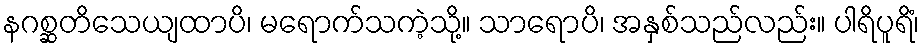
နဂစ္ဆတိသေယျထာပိ၊ မရောက်သကဲ့သို့။ သာရောပိ၊ အနှစ်သည်လည်း။ ပါရိပူရိံ၊